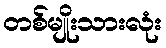
တစ်မျိုးသားလုံး